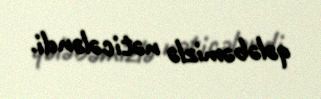
qələbəmizlə nəticələndi.